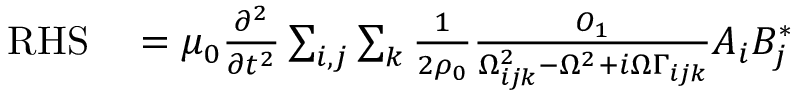
\begin{array} { r l } { \mathrm { R H S } } & { { } = \mu _ { 0 } \frac { \partial ^ { 2 } } { \partial t ^ { 2 } } \sum _ { i , j } \sum _ { k } \frac { 1 } { 2 \rho _ { 0 } } \frac { O _ { 1 } } { \Omega _ { i j k } ^ { 2 } - \Omega ^ { 2 } + i \Omega \Gamma _ { i j k } } A _ { i } B _ { j } ^ { * } } \end{array}